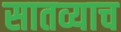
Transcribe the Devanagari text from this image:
सातव्याच